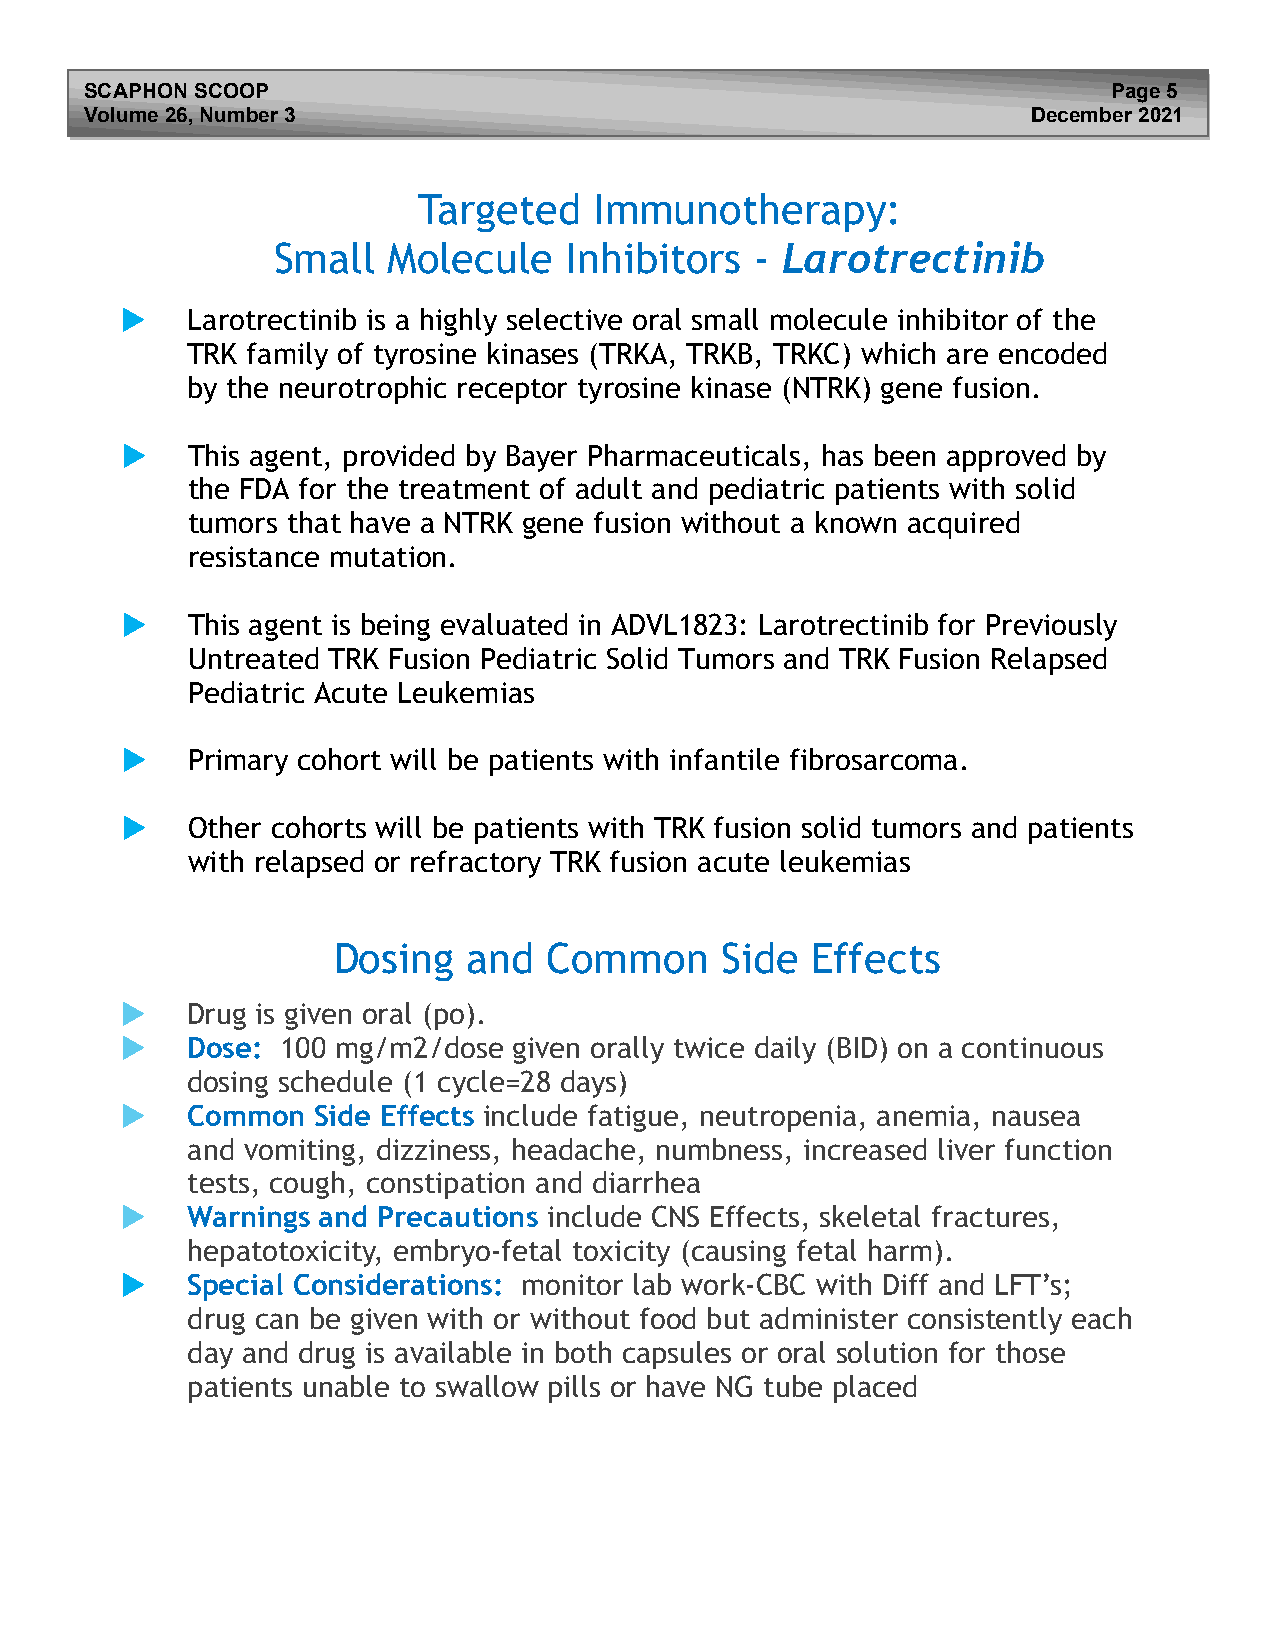
SCAPHON SCOOP                                                       Page 5
 Volume 26, Number 3                                           December 2021
 Targeted   Immunotherapy:
 Small   Molecule   Inhibitors   - Larotrectinib
    Larotrectinib is a highly selective oral small molecule inhibitor of the
 TRK family of tyrosine kinases (TRKA, TRKB, TRKC) which are encoded
 by the neurotrophic receptor tyrosine kinase (NTRK) gene fusion.
    This agent, provided by Bayer Pharmaceuticals, has been approved by
 the FDA for the treatment of adult and pediatric patients with solid
 tumors that have a NTRK gene fusion without a known acquired
 resistance mutation.
    This agent is being evaluated in ADVL1823: Larotrectinib for Previously
 Untreated TRK Fusion Pediatric Solid Tumors and TRK Fusion Relapsed
 Pediatric Acute Leukemias
    Primary cohort will be patients with infantile fibrosarcoma.
    Other cohorts will be patients with TRK fusion solid tumors and patients
 with relapsed or refractory TRK fusion acute leukemias
 Dosing   and  Common      Side  Effects
    Drug is given oral (po).
    Dose:  100 mg/m2/dose given orally twice daily (BID) on a continuous
 dosing schedule (1 cycle=28 days)
    Common   Side Effects include fatigue, neutropenia, anemia, nausea
 and vomiting, dizziness, headache, numbness, increased liver function
 tests, cough, constipation and diarrhea
    Warnings and Precautions include CNS Effects, skeletal fractures,
 hepatotoxicity, embryo-fetal toxicity (causing fetal harm).
    Special Considerations: monitor lab work-CBC with Diff and LFT’s;
 drug can be given with or without food but administer consistently each
 day and drug is available in both capsules or oral solution for those
 patients unable to swallow pills or have NG tube placed